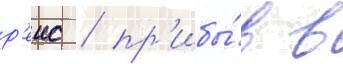
р'еис / пр'ибы́в в